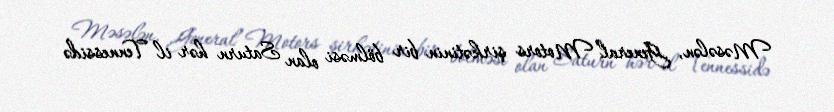
Məsələn, General Motors şirkətinin bir bölməsi olan Saturn hər il Tennessidə